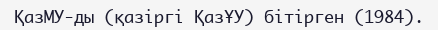
ҚазМУ-ды (қазіргі ҚазҰУ) бітірген (1984).